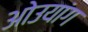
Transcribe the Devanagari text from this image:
ओउयांग